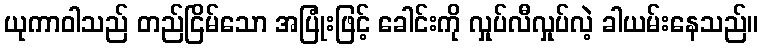
ယုကာဝါသည် တည်ငြိမ်သော အပြုံးဖြင့် ခေါင်းကို လှုပ်လီလှုပ်လဲ့ ခါယမ်းနေသည်။